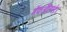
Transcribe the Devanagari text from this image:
मॅकॲलिस्टेर